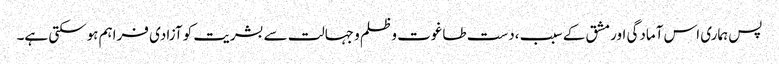
پس ہماری اس آمادگی اور مشق کے سبب ،دست طاغوت و ظلم و جہالت سے بشریت کو آزادی فراہم ہوسکتی ہے۔